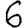
Digit: 6